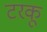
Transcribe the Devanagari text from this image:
टरकू